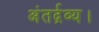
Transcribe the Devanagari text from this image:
अंतर्द्रव्य।